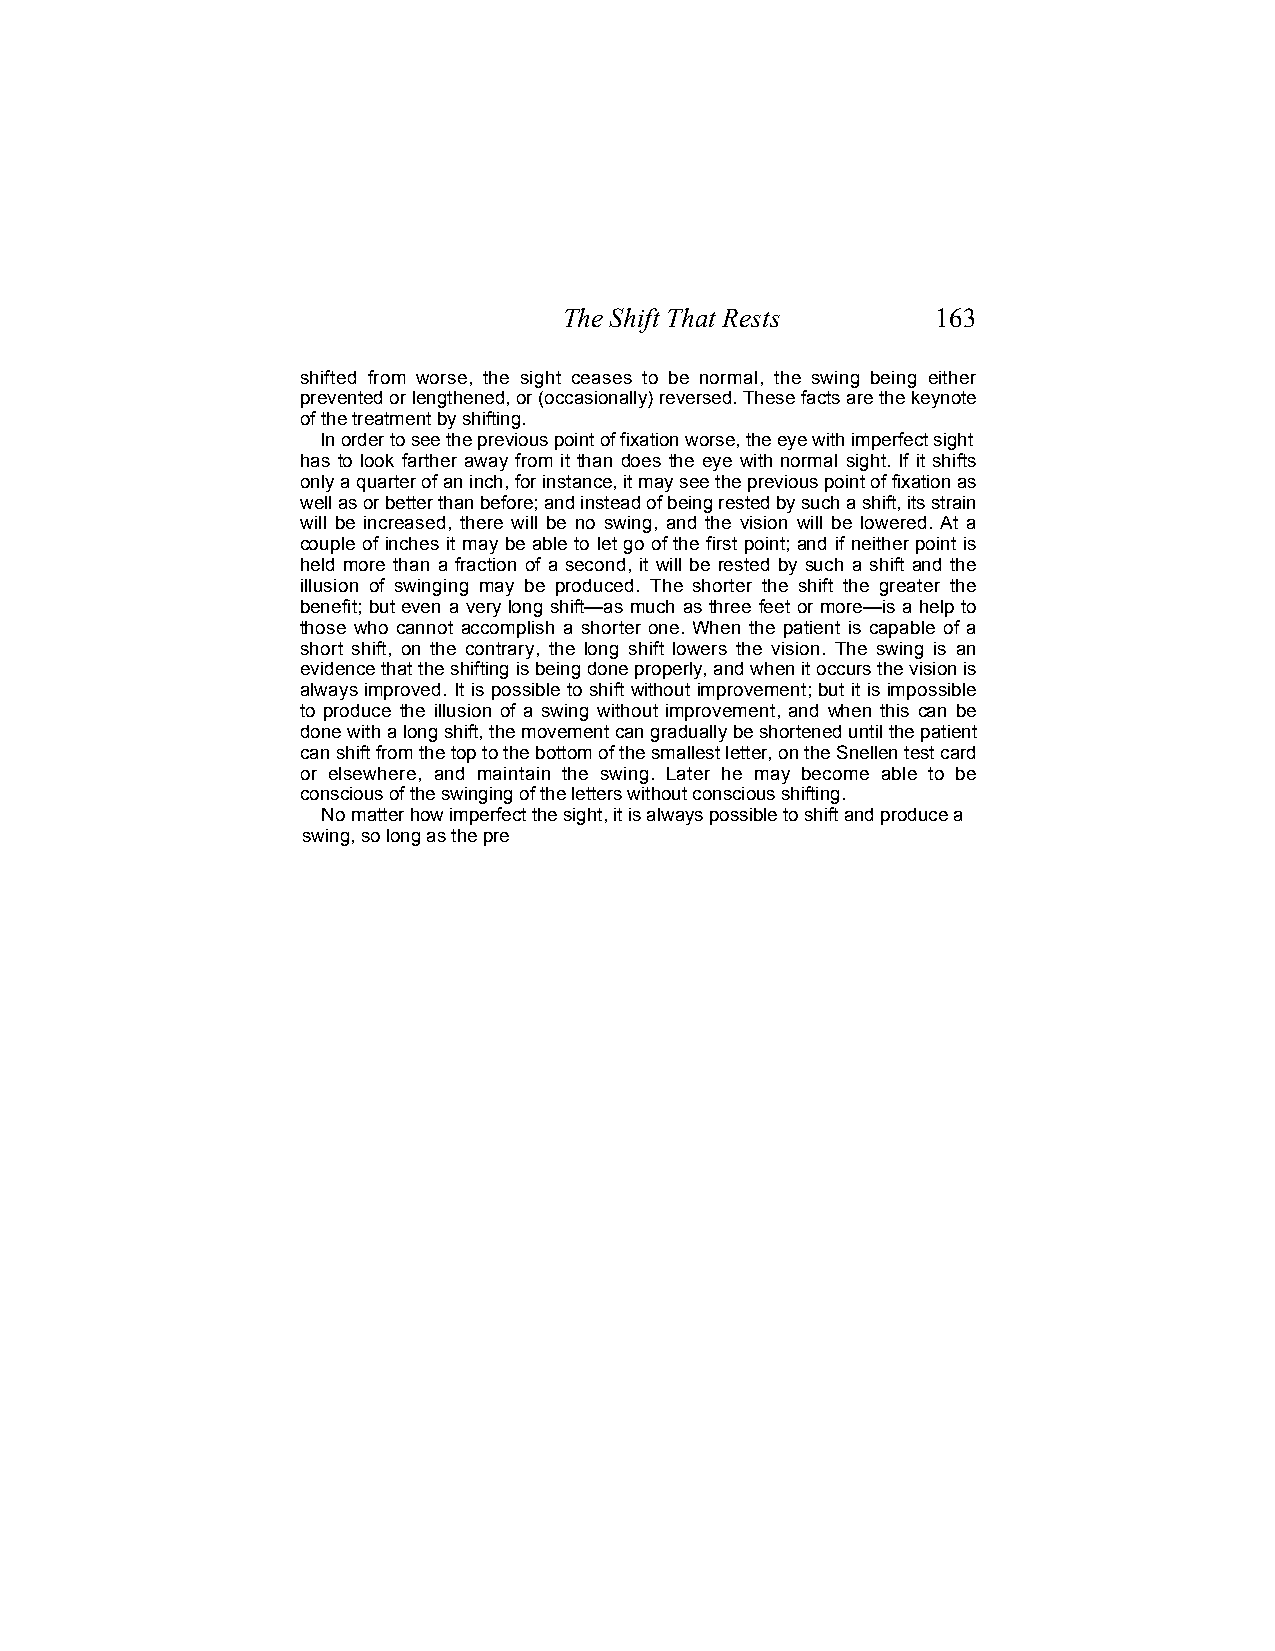
The Shift That Rests     163
 shifted from worse, the sight ceases to be normal, the swing being either
 prevented or lengthened, or (occasionally) reversed. These facts are the keynote
 of the treatment by shifting.
 In order to see the previous point of fixation worse, the eye with imperfect sight
 has to look farther away from it than does the eye with normal sight. If it shifts
 only a quarter of an inch, for instance, it may see the previous point of fixation as
 well as or better than before; and instead of being rested by such a shift, its strain
 will be increased, there will be no swing, and the vision will be lowered. At a
 couple of inches it may be able to let go of the first point; and if neither point is
 held more than a fraction of a second, it will be rested by such a shift and the
 illusion of swinging may be produced. The shorter the shift the greater the
 benefit; but even a very long shift—as much as three feet or more—is a help to
 those who cannot accomplish a shorter one. When the patient is capable of a
 short shift, on the contrary, the long shift lowers the vision. The swing is an
 evidence that the shifting is being done properly, and when it occurs the vision is
 always improved. It is possible to shift without improvement; but it is impossible
 to produce the illusion of a swing without improvement, and when this can be
 done with a long shift, the movement can gradually be shortened until the patient
 can shift from the top to the bottom of the smallest letter, on the Snellen test card
 or elsewhere, and maintain the swing. Later he may become able to be
 conscious of the swinging of the letters without conscious shifting.
 No matter how imperfect the sight, it is always possible to shift and produce a
 swing, so long as the pre